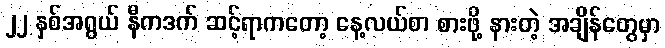
၂၂ နှစ်အရွယ် နီကဒက် ဆင့်ရာကတော့ နေ့လယ်စာ စားဖို့ နားတဲ့ အချိန်တွေမှာ